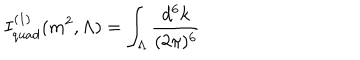
I _ { q u a d } ^ { ( 1 ) } ( m ^ { 2 } , \Lambda ) = \int _ { \Lambda } \frac { d ^ { 6 } k } { ( 2 \pi ) ^ { 6 } }